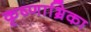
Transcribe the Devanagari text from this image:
कृष्णाभ्रिका